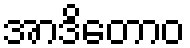
အာဒိတောဝ